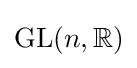
{\text{GL}}(n,\mathbb {R} )